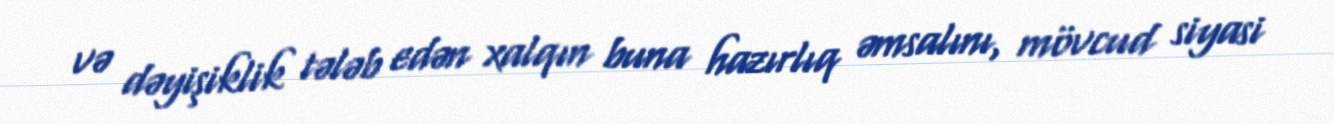
və dəyişiklik tələb edən xalqın buna hazırlıq əmsalını, mövcud siyasi